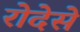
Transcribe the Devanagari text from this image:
रोदेसे